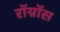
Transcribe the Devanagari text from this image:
रॉग्नॉस